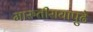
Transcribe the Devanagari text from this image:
मारुतीरायापुढे